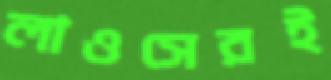
লাওসেরই